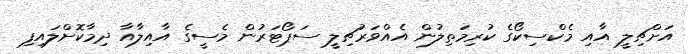
އަށްޗިލީ އާއި މެކްސިކޯގެ ކުރިމަތިލުން އެއްވަރުޗިލީ ސަޕޯޓަރުން މެސީގެ އާއިލާއާ ދިމާކޮށްލައިފި